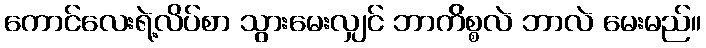
ကောင်လေးရဲ့လိပ်စာ သွားမေးလျှင် ဘာက်ိစ္စလဲ ဘာလဲ မေးမည်။